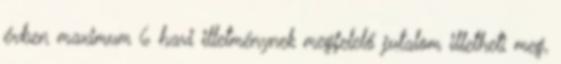
évben maximum 6 havi illetménynek megfelelő jutalom illetheti meg,